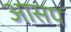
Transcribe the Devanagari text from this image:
आसप